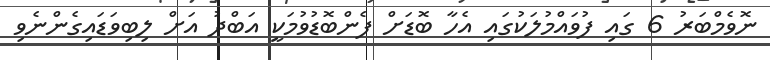
ނޮވެމްބަރު 6 ގައި ފުވައްމުލަކުގައި އެހާ ބޮޑަށް ފެންބޮޑުވުމަކީ އަބްދު އަށް ލިބިވަޑައިގެންނެވި